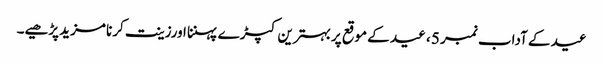
عید کے آداب نمبر 5 ، ﻿عید کے موقع پربہترین کپڑ ے پہننا اورزینت کرنا مزید پڑھیے۔